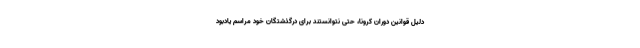
دلیل قوانین دوران کرونا، حتی نتوانستند برای درگذشتگان خود مراسم یادبود